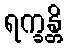
ရက္ခန္တိ